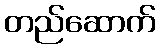
တည်ဆောက်